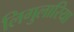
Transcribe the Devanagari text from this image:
लिगुलारिया